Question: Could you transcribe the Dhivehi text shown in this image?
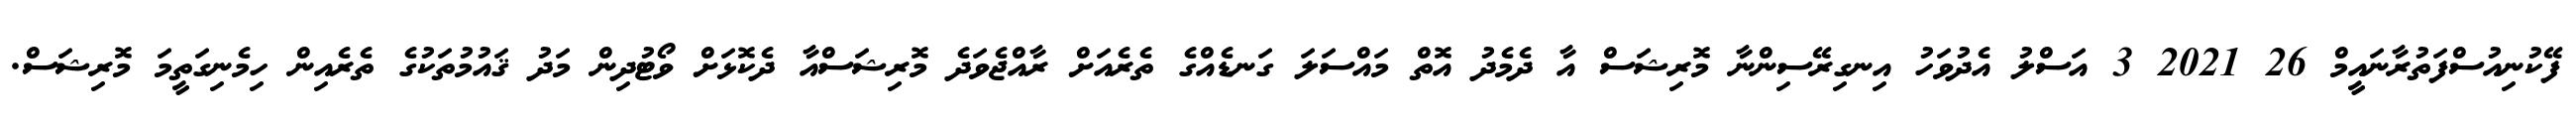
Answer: ފޭކުނިއުސްފަތުރާނައީމް 26 2021 3 އަސްލު އެދުވަހު އިނގިރޭސިންނާ މޮރިޝަސް އާ ދެމެދު އޮތް މައްސަލަ ގަނޑެއްގެ ތެރެއަށް ރާއްޖެވަދެ މޮރިޝަސްއާ ދެކޮޅަށް ވޯޓުދިން މަދު ޤައުމުތަކުގެ ތެރެއިން ހިމެނިގަތީމަ މޮރިޝަސް.